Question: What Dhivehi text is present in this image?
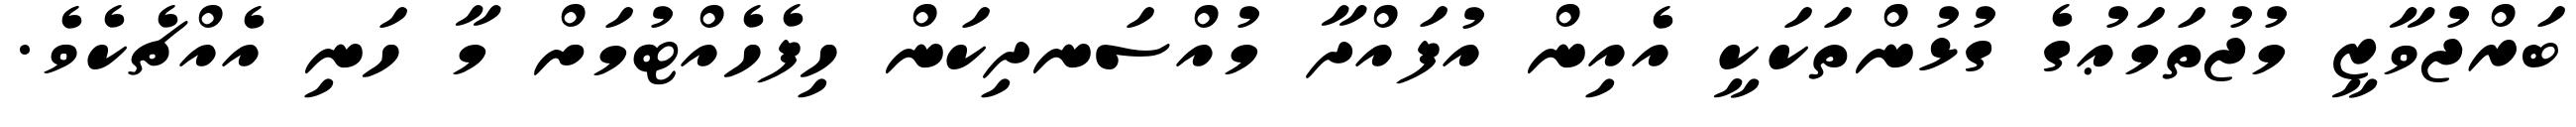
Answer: ބަރްޖުވާޒީ މުޖުތަމަޢުގެ ގުޅުންތަކަކީ އެއިން އުފައްދާ މުއްސަނދިކަން ހިފެހެއްޓުމަށް މާ ހަނި އެއްޗެކެވެ.